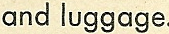
and luggage